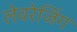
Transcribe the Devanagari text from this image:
लेवरेजिंग